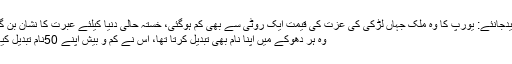
مزیدجانئے: یورپ کا وہ ملک جہاں لڑکی کی عزت کی قیمت ایک روٹی سے بھی کم ہوگئی، خستہ حالی دنیا کیلئے عبرت کا نشان بن گئی
وہ ہر دھوکے میں اپنا نام بھی تبدیل کرتا تھا، اس نے کم و بیش اپنے 50نام تبدیل کیے۔